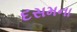
દસમના